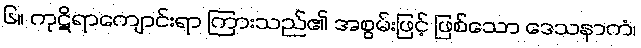
၆။ ကုဋိရာကျောင်းရာ ကြားသည်၏ အစွမ်းဖြင့် ဖြစ်သော ဒေသနာကံ၊